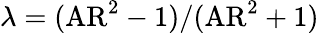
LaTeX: \lambda=({\mathrm{AR}^{2}-1})/({\mathrm{AR}^{2}+1})